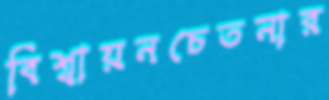
বিশ্বায়নচেতনার